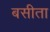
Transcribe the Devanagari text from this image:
बसीता